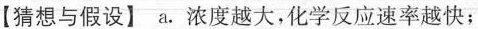
【猜想与假设】a。浓度越大，化学反应速率越快；